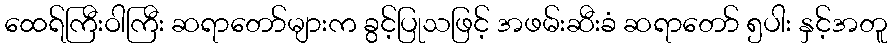
ထေရ်ကြီးဝါကြီး ဆရာတော်များက ခွင့်ပြုသဖြင့် အဖမ်းဆီးခံ ဆရာတော် ၅ပါး နှင့်အတူ